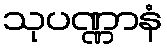
သုပဏ္ဏာနံ